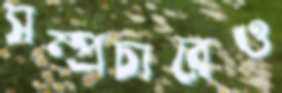
সম্প্রচারেও